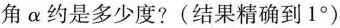
角α约是多少度?(结果精确到1°)